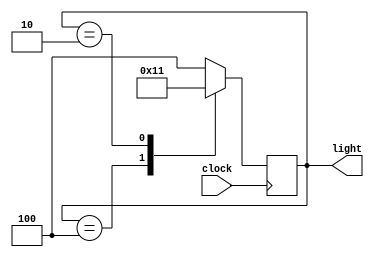
// traffic light sequence is a Moore machine as the next state only depends on
// the current state and not the input
module traffic_light(clock, light);
  input clock;
  output reg[2:0] light;

  parameter red=3'b100, green=3'b010, yellow=3'b001;

  always @(posedge clock)
  case (light)
    red: light <= green;
    green: light <= yellow;
    yellow: light <= red;
    default: 
    begin
      $display("default state");
      light <= red;
    end
  endcase

endmodule